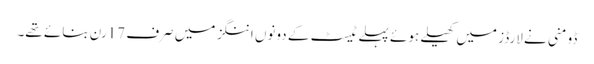
ڈومنی نے لارڈز میں کھیلے ہوئے پہلے ٹیسٹ کے دونوں اننگز میں صرف 17رن بنائے تھے۔